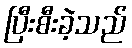
ပြီးစီးခဲ့သည်